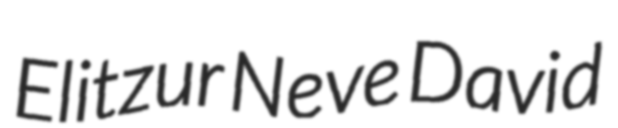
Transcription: Elitzur Neve David